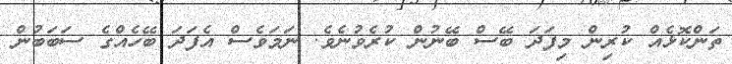
ތަންކޮޅެއްް ކުރިން މިފަދަ ބޭސް ބޭނުން ކުރެވުނެވެ. ނަމަވެސް އެފަދަ ބޭހެއްގެ ސަބަބުން